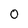
Character: 0